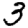
Digit: 3